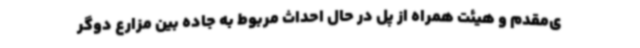
ی‌مقدم و هیئت همراه از پل در حال احداث مربوط به جاده بین مزارع دوگر